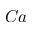
C a